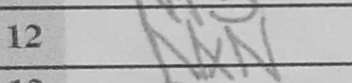
Transcription: NxN